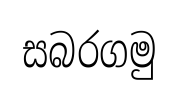
සබරගමු